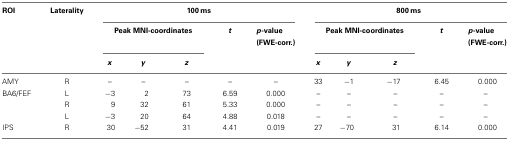
<table><thead><tr><td><b>ROI</b></td><td><b>Laterality</b></td><td colspan="5"><b>100 ms</b></td><td colspan="5"><b>800 ms</b></td></tr><tr><td></td><td></td><td colspan="3"><b>Peak MNI-coordinates</b></td><td><b><i>t</i></b></td><td><b><i>p</i>-value (FWE-corr.)</b></td><td colspan="3"><b>Peak MNI-coordinates</b></td><td><b><i>t</i></b></td><td><b><i>p</i>-value (FWE-corr.)</b></td></tr><tr><td></td><td></td><td><b><i>x</i></b></td><td><b><i>y</i></b></td><td><b><i>z</i></b></td><td></td><td></td><td><b><i>x</i></b></td><td><b><i>y</i></b></td><td><b><i>z</i></b></td><td></td><td></td></tr></thead><tbody><tr><td>AMY</td><td>R</td><td>–</td><td>–</td><td>–</td><td>–</td><td>–</td><td>33</td><td>−1</td><td>−17</td><td>6.45</td><td>0.000</td></tr><tr><td>BA6/FEF</td><td>L</td><td>−3</td><td>2</td><td>73</td><td>6.59</td><td>0.000</td><td>–</td><td>–</td><td>–</td><td>–</td><td>–</td></tr><tr><td></td><td>R</td><td>9</td><td>32</td><td>61</td><td>5.33</td><td>0.000</td><td>–</td><td>–</td><td>–</td><td>–</td><td>–</td></tr><tr><td></td><td>L</td><td>−3</td><td>20</td><td>64</td><td>4.88</td><td>0.018</td><td>–</td><td>–</td><td>–</td><td>–</td><td>–</td></tr><tr><td>IPS</td><td>R</td><td>30</td><td>−52</td><td>31</td><td>4.41</td><td>0.019</td><td>27</td><td>−70</td><td>31</td><td>6.14</td><td>0.000</td></tr></tbody></table>